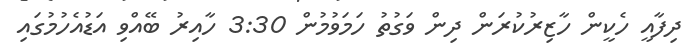
ދިފާއީ ހެކީން ހާޒިރުކުރަން ދިން ވަގުތު ހަމަވުމުން 3:30 ހާއިރު ބޭއްވި އަޑުއެހުމުގައި